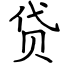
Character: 贷